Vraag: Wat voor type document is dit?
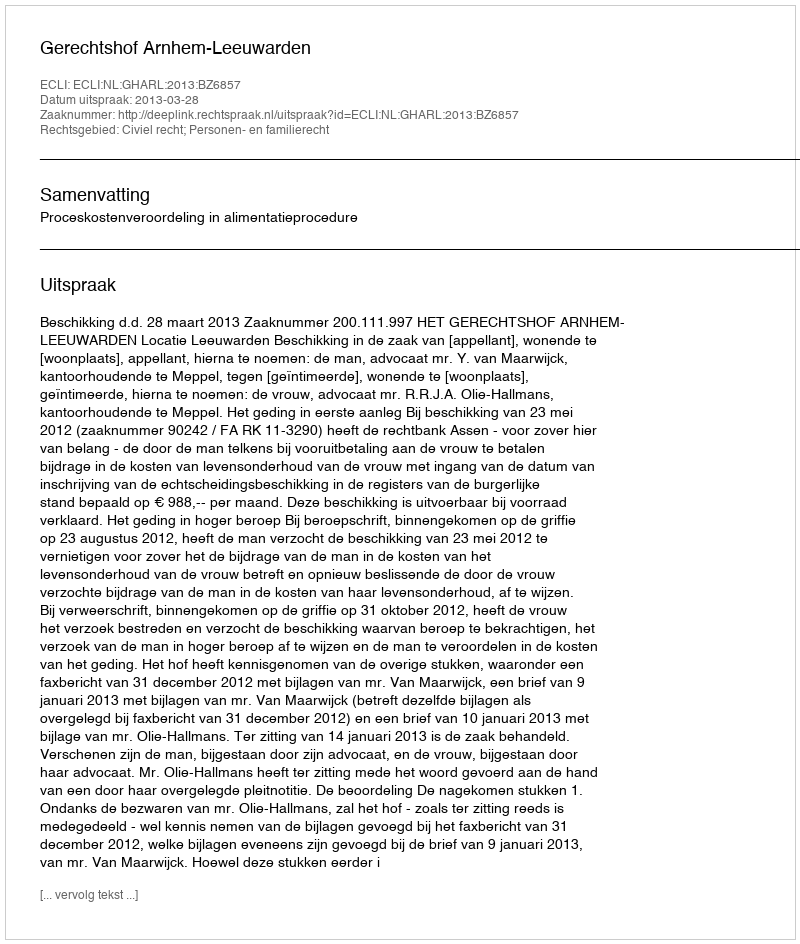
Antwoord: Uitspraak